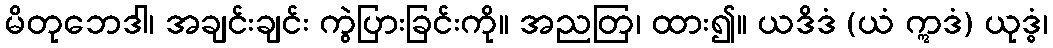
မိတုဘေဒါ၊ အချင်းချင်း ကွဲပြားခြင်းကို။ အညတြ၊ ထား၍။ ယဒိဒံ (ယံ ဣဒံ) ယုဒ္ဓံ၊